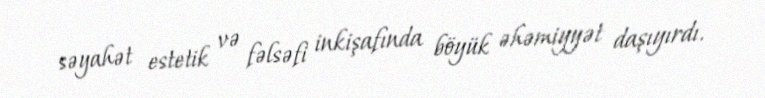
səyahət estetik və fəlsəfi inkişafında böyük əhəmiyyət daşıyırdı.